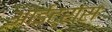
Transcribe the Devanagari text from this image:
आईट्रांस